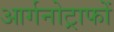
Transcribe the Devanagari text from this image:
आर्गनोट्राफों